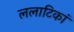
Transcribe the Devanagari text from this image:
ललाटिकां